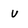
Character: v